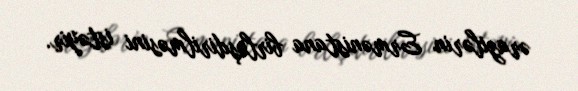
ərazilərin Ermənistana birləşdirilməsini istəyir.